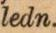
ledn.